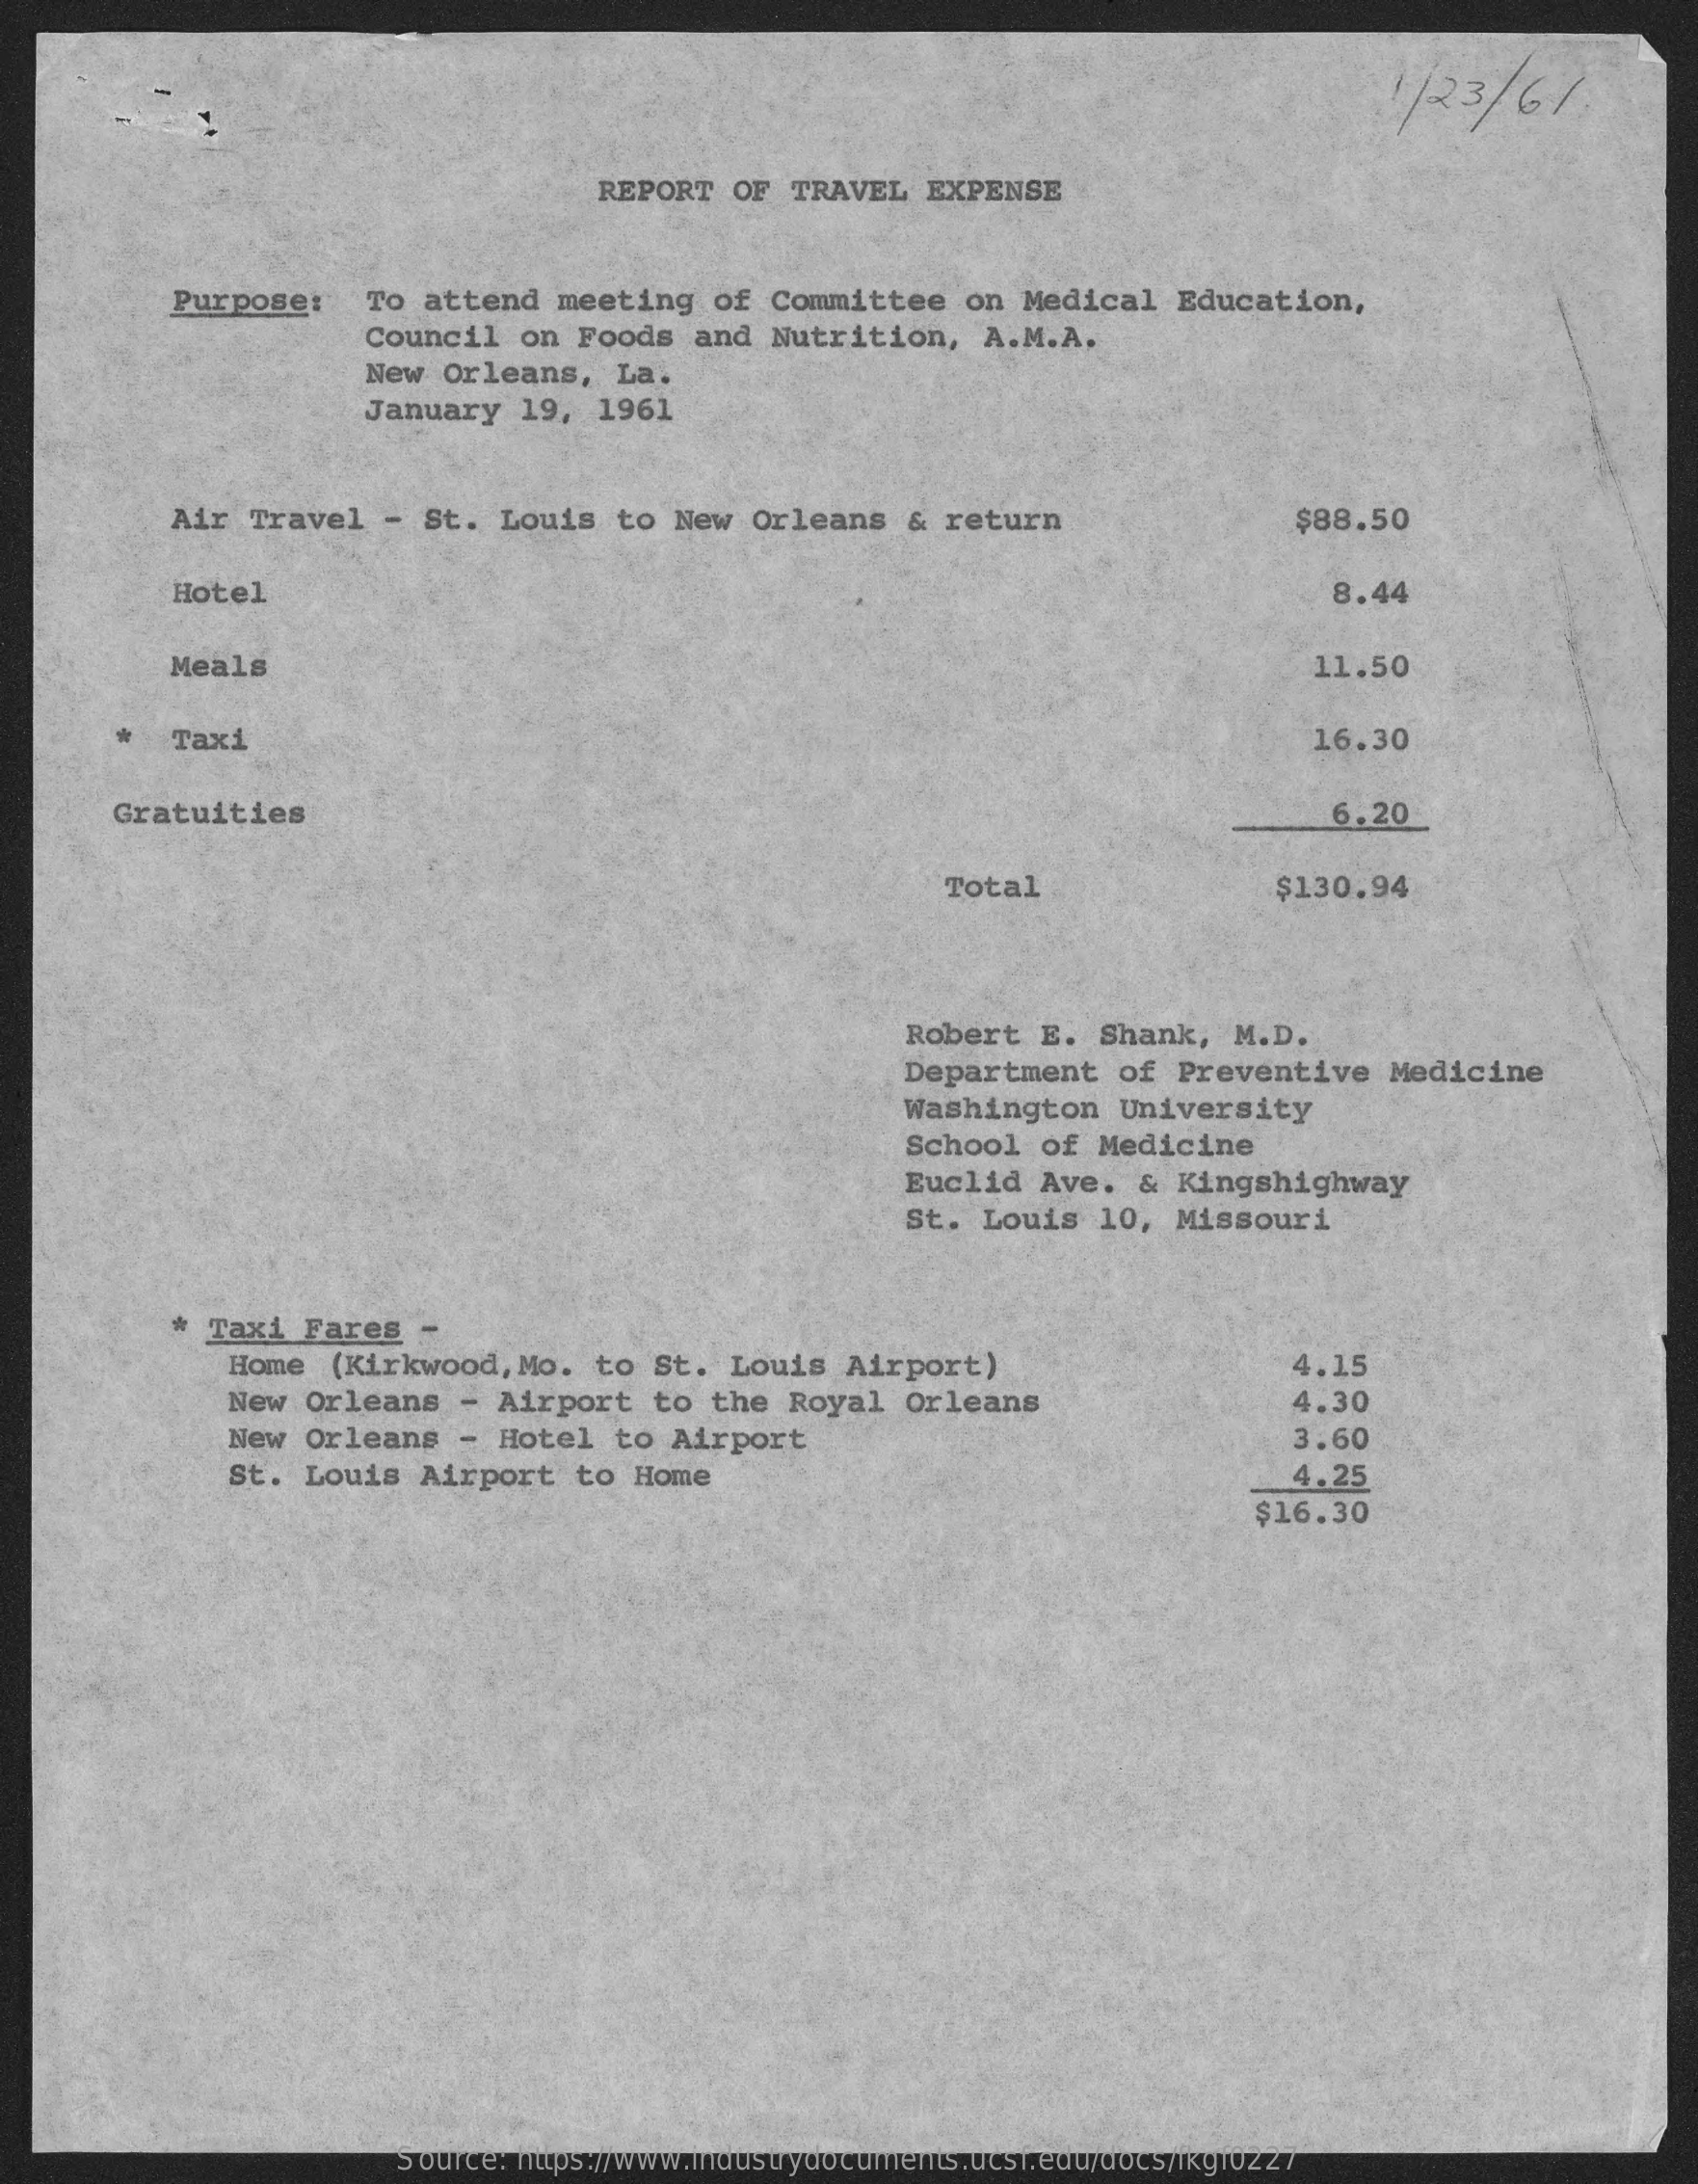
1/23/6/
     REPORT   OF  TRAVEL   EXPENSE
     Purpose:    To  attend  meeting    of Committee    on  Medical   Education,
     Council   on  Foods   and Nutrition,    A.M.A.
     New  Orleans,    La.
     January   19,  1961
     Air  Travel   -  St.  Louis  to  New  Orleans    & return    $88.50
     Hotel    8.44
     Meals    11.50
     Taxi    16.30
     Gratuities    6.20
     Total    $130.94
     Robert   E.  Shank,   M.D.
     Department    of  Preventive    Medicine
     Washington    University
     School  of  Medicine
     Euclid  Ave.   & Kingshighway
     St. Louis   10,  Missouri
     *  Taxi  Fares   -
     Home   (Kirkwood,  Mo.  to  St.  Louis  Airport)    4.15
     New  Orleans   - Airport    to  the  Royal  Orleans    4.30
     New  Orleans   -  Hotel  to  Airport    3.60
     St.  Louis  Airport    to  Home    4.25
     $16.30
     Source: https://www.industrydocuments.ucsf.edu/docs/fkgf0227